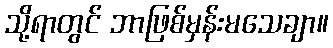
သို့ရာတွင် ဘာဖြစ်မှန်းမသေချာ။